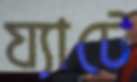
য্যাটে